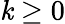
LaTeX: \mathit{k}\geq0